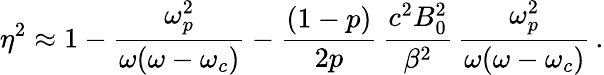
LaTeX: \eta^{2}\approx 1-\frac{\omega_{p}^{2}}{\omega(\omega-\omega_{c})}-\frac{(1-p)}{2p}\, \frac{c^{2}B_{0}^{2}}{\beta^{2}}\, \frac{\omega_{p}^{2}}{\omega(\omega-\omega_{c})}\, .